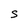
Character: S